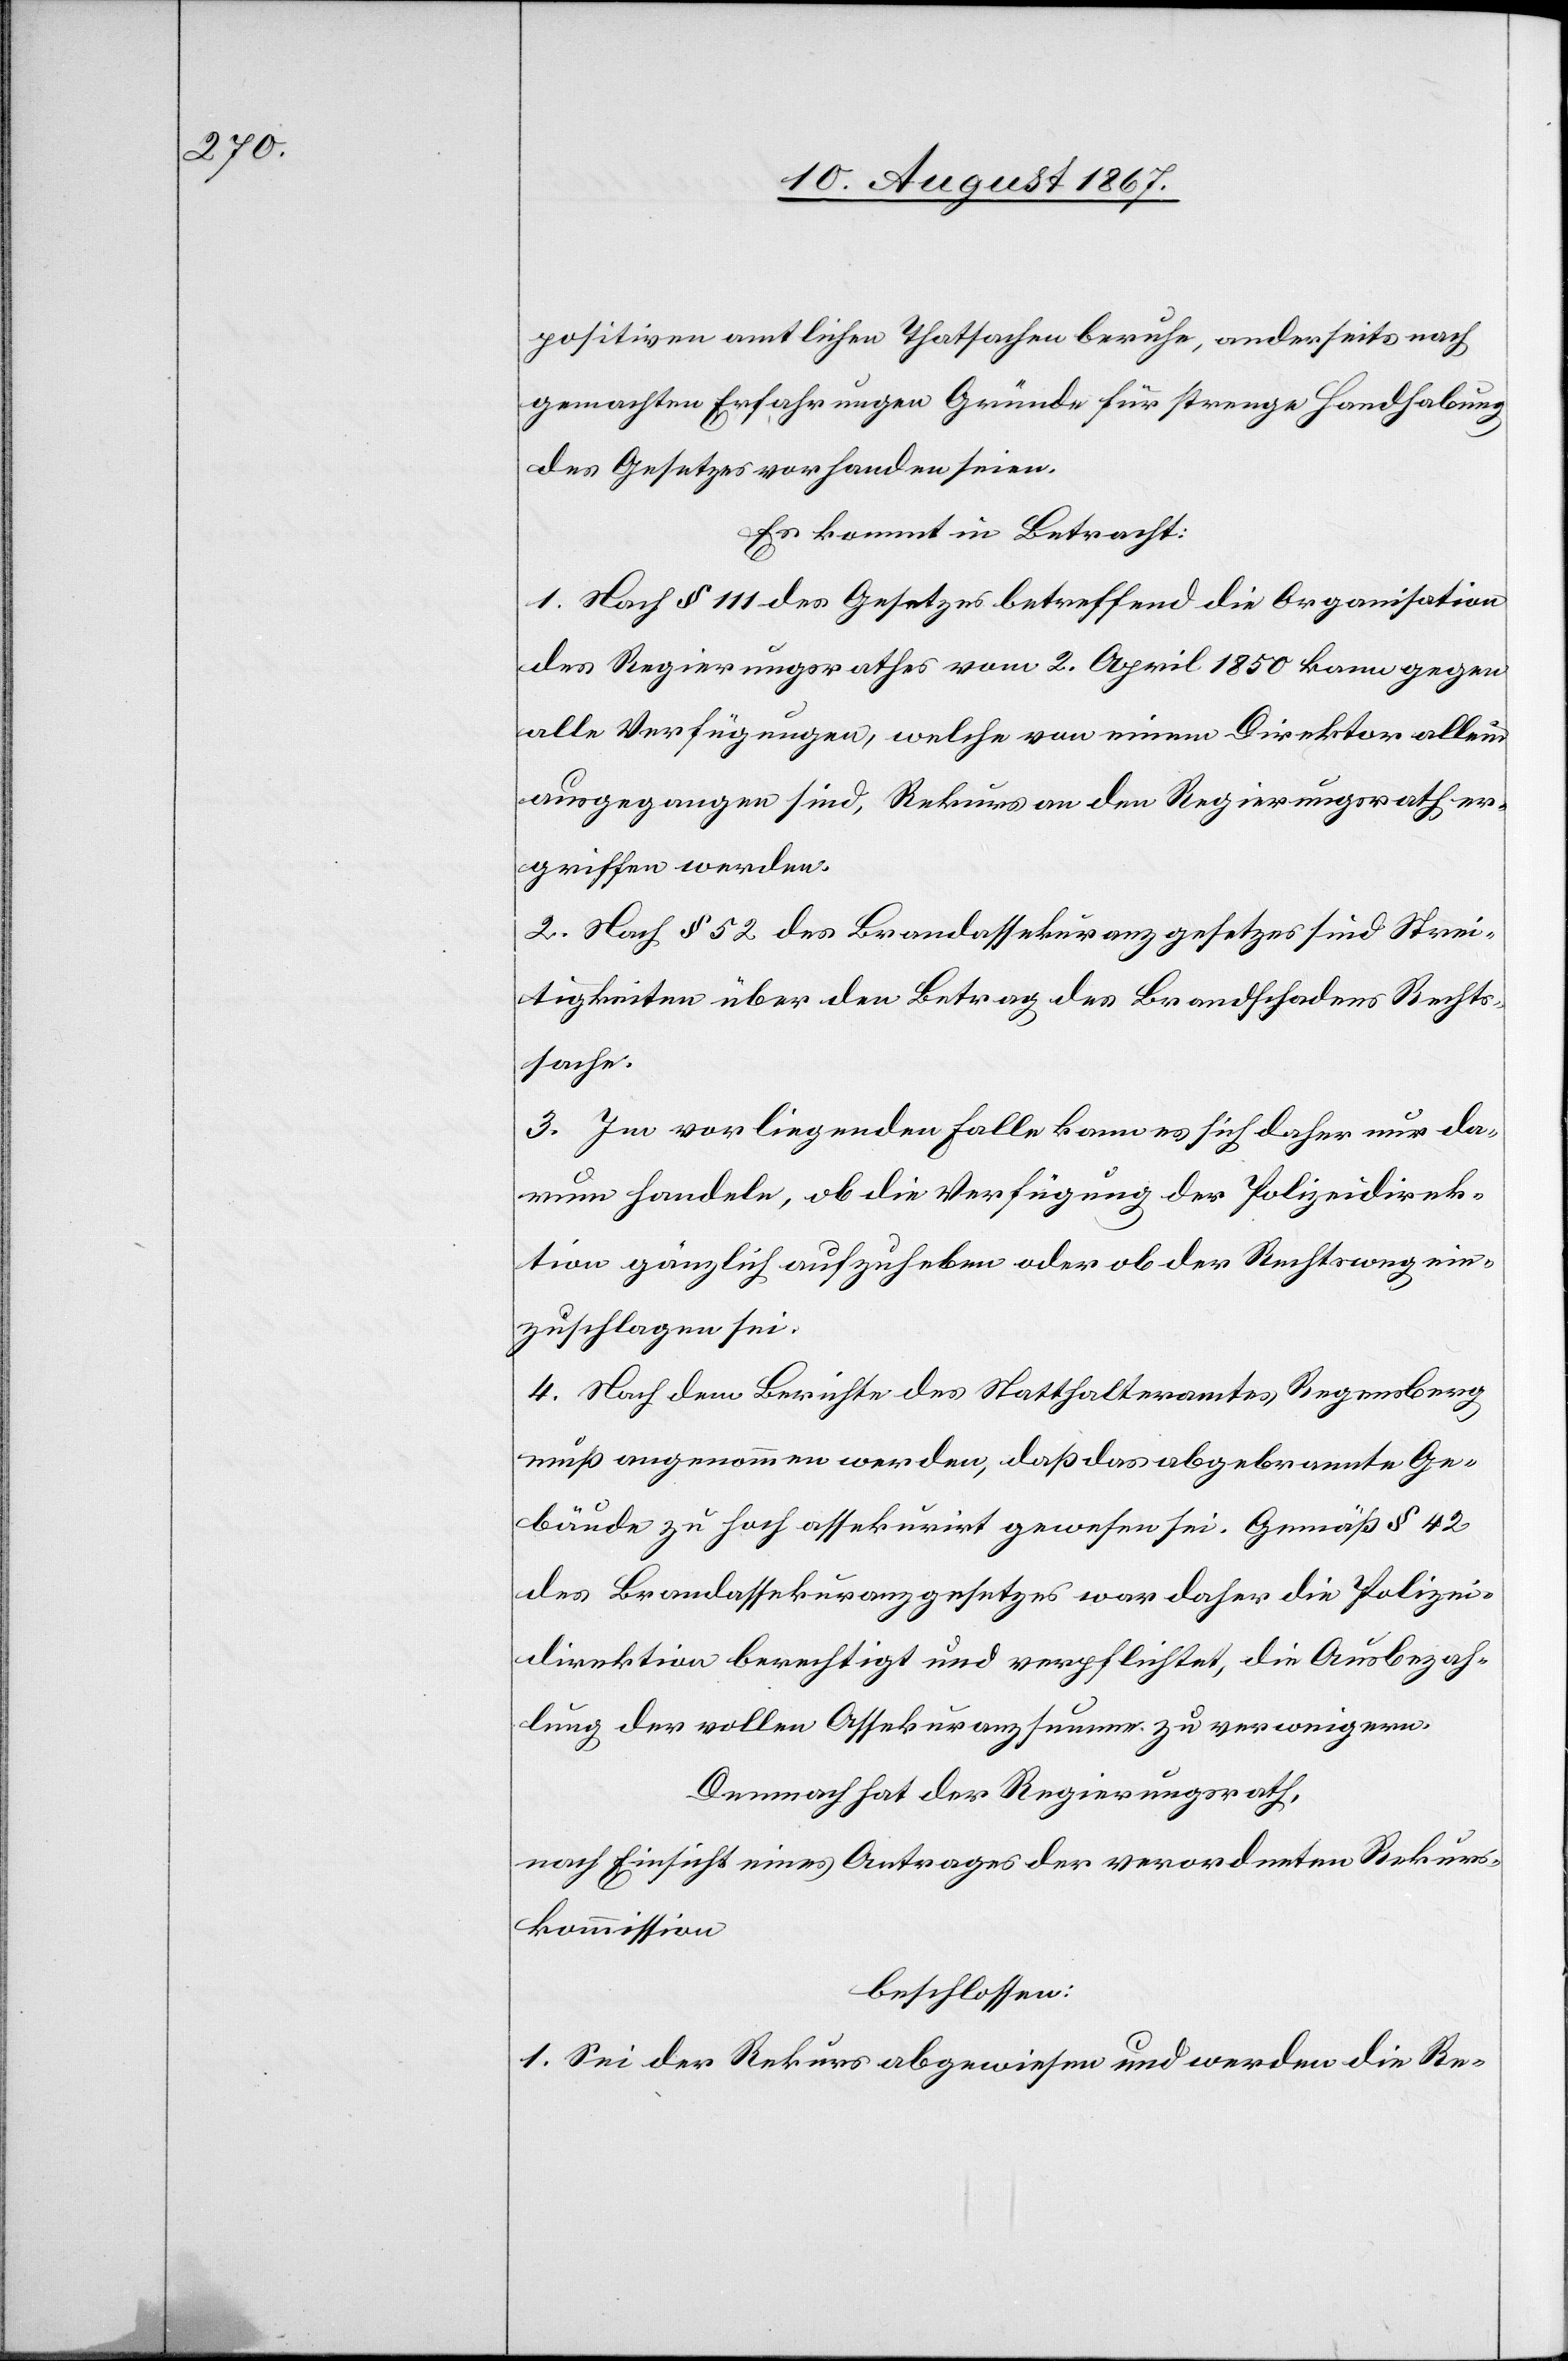
positiven amtlichen Thatsachen beruhe, anderseits nach
gemachten Erfahrungen Gründe für strenge Handhabung
des Gesetzes vorhanden seien.
Es kommt in Betracht:
1. Nach § 111 des Gesetzes betreffend die Organisation
des Regierungsrathes vom 2. April 1850 kann gegen
alle Verfügungen, welche von einem Direktor allein
ausgegangen sind, Rekurs an den Regierungsrath er¬
griffen werden.
2. Nach § 52 des Brandassekuranzgesetzes sind Strei¬
tigkeiten über den Betrag des Brandschadens Rechts¬
sache.
3. Im vorliegenden Falle kann es sich daher nur da¬
rum handeln, ob die Verfügung der Polizeidirek¬
tion gänzlich aufzuheben oder ob der Rechtsweg ein¬
zuschlagen sei.
4. Nach dem Berichte des Statthalteramtes Regensberg
muß angenommen werden, daß das abgebrannte Ge¬
bäude zu hoch assekurirt gewesen sei. Gemäß § 42
des Brandassekuranzgesetzes war daher die Polizei¬
direktion berechtigt und verpflichtet, die Ausbezah¬
lung der vollen Assekuranzsumme zu verweigern.
Demnach hat der Regierungsrath,
nach Einsicht eines Antrages der verordneten Rekurs¬
kommission,
beschlossen:
1. Sei der Rekurs abgewiesen und werden die Re-